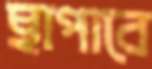
ছাপাবে